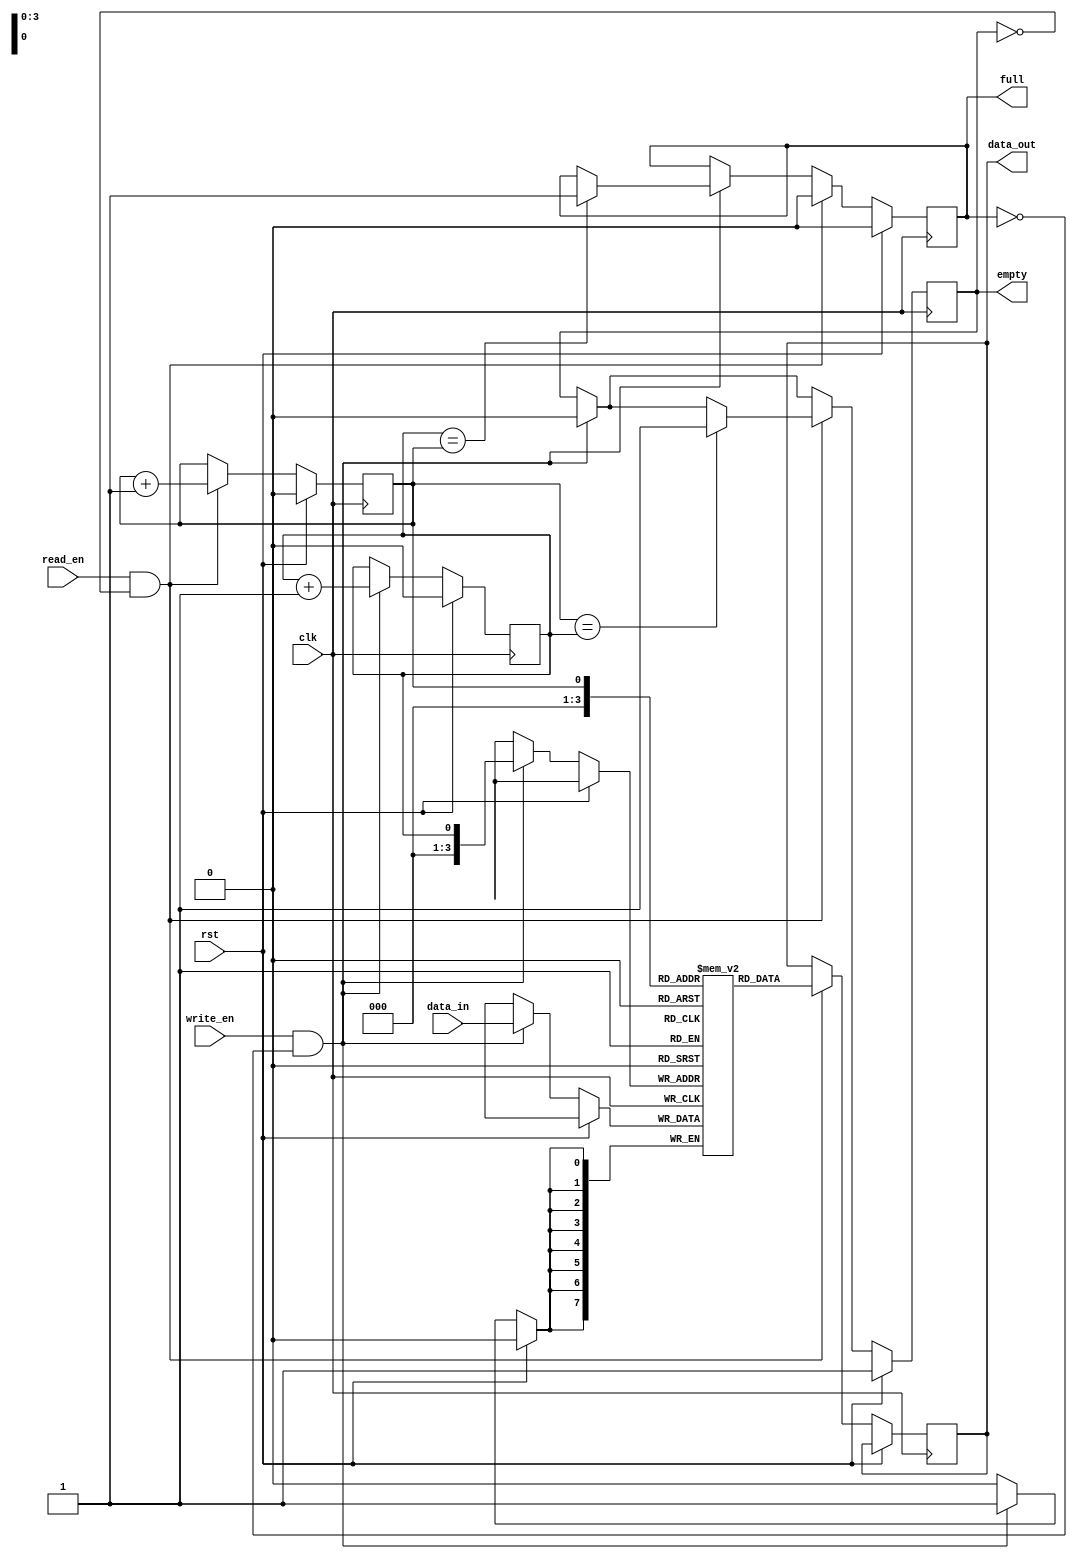
module fifo_buffer (
    input wire clk,
    input wire rst,
    input wire write_en,
    input wire read_en,
    input wire [DATA_WIDTH-1:0] data_in,
    output reg [DATA_WIDTH-1:0] data_out,
    output reg full,
    output reg empty
);

parameter DEPTH = 16;
parameter DATA_WIDTH = 8;

reg [DATA_WIDTH-1:0] buffer [DEPTH-1:0];
reg [DATA_WIDTH-1:0] data_out;
reg read_ptr = 0;
reg write_ptr = 0;

always @ (posedge clk) begin
    if (rst) begin
        read_ptr <= 0;
        write_ptr <= 0;
        full <= 0;
        empty <= 1;
    end else begin
        if (write_en && !full) begin
            buffer[write_ptr] <= data_in;
            write_ptr <= write_ptr + 1;
            if (write_ptr == DEPTH-1) begin
                write_ptr <= 0;
            end
            empty <= 0;
            if (write_ptr == read_ptr) begin
                full <= 1;
            end
        end

        if (read_en && !empty) begin
            data_out <= buffer[read_ptr];
            read_ptr <= read_ptr + 1;
            if (read_ptr == DEPTH-1) begin
                read_ptr <= 0;
            end
            full <= 0;
            if (read_ptr == write_ptr) begin
                empty <= 1;
            end
        end
    end
end

endmodule